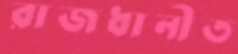
রাজধানীত